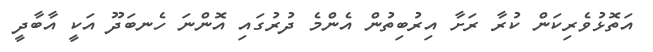
އަތޮޅުވެރިކަން ކުރާ ރަށާ އިރުބިތުން އެންމެ ދުރުގައި އޮންނަ ހެނބަދޫ އަކީ އާބާދީ